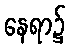
နေရာ၌